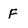
Character: F